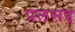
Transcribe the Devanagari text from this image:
प्रलसद्द